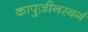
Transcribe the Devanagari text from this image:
कापुज़ीनरबर्ग